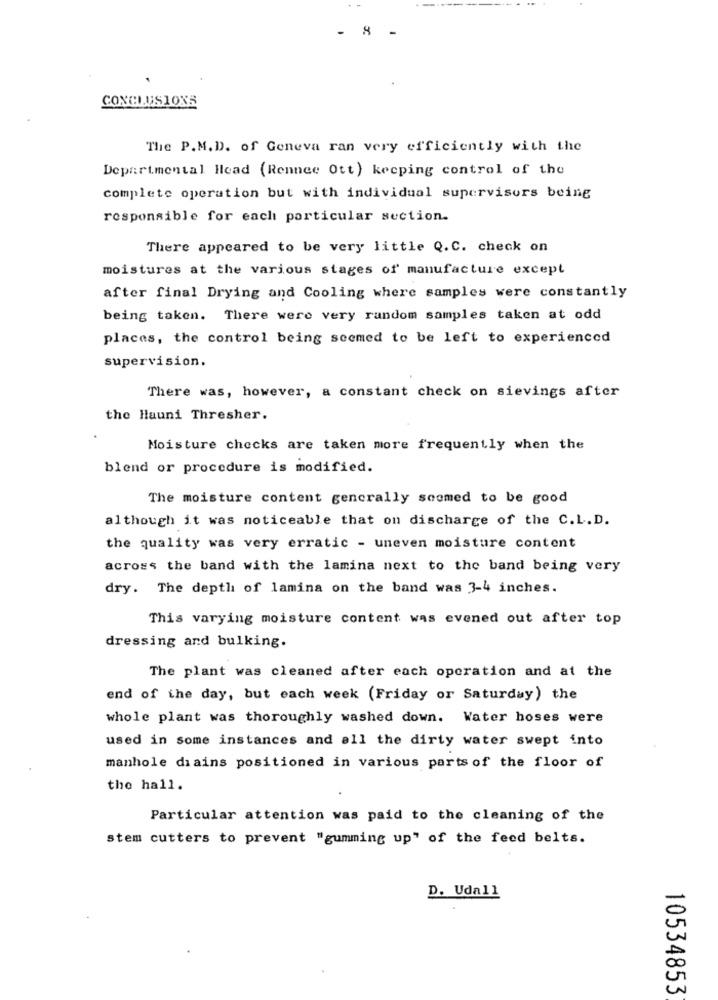
- 8 -
CONCLUSIONS
The P.M.D. of Geneva ran very efficiently with the
Departmental Head (Rennee Ott) keeping control of the
complete operation but with individual supervisors being
responsible for each particular section.
There appeared to be very little Q.C. check on
moistures at the various stages of manufacture except
after final Drying and Cooling where samples were constantly
being taken. There were very random samples taken at odd
places, the control being seemed to be left to experienced
supervision.
There was, however, a constant check on sievings after
the Hauni Thresher.
Moisture checks are taken more frequently when the
blend or procedure is modified.
The moisture content generally soomed to be good
although it was noticeable that on discharge of the C.L.D.
the quality was very erratic - uneven moisture content
across the band with the lamina next to the band being very
dry. The depth of lamina on the band was 3-4 inches.
This varying moisture content was evened out after top
dressing and bulking.
The plant was cleaned after each operation and at the
end of the day, but each week (Friday or Saturday) the
whole plant was thoroughly washed down. Water hoses were
used in some instances and all the dirty water swept into
manhole diains positioned in various parts of the floor of
the hall.
Particular attention was paid to the cleaning of the
stem cutters to prevent "gumming up" of the feed belts.
D. Udall
10534853